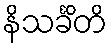
နိသင်္ခိတိ